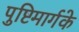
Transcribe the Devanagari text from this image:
पुष्टिमार्गके